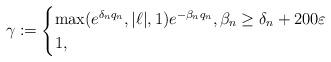
LaTeX: \begin{align*}\gamma:=\begin{cases}\max(e^{\delta_n q_n}, |\ell|, 1) e^{-\beta_n q_n}, \beta_n\geq \delta_n+200\varepsilon\\1, \end{cases}\end{align*}